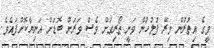
މީގެ އިތުރުން މިރޭ ފުލުހުން ވަނީ ޠޯރިގަށް ވެސް ވަރަށް ބޮޑަށް އަނިޔާކޮށްފައެވެ.